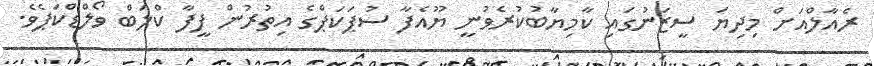
ރެއާލްއަށް މިދިޔަ ސީޒަނުގައި ކާމިޔާބުކުރެވުނީ ޔޫއެފާ ސުޕަކަޕްގެ އިތުރުން ފީފާ ކްލަބް ވޯލްޑްކަޕެވެ.